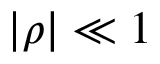
| \rho | \ll 1